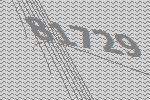
81729